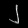
Digit: ၂